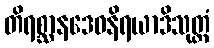
တိရစ္ဆာနဒေဝနိရယာဒိသုတ္တံ